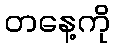
တနေ့ကို